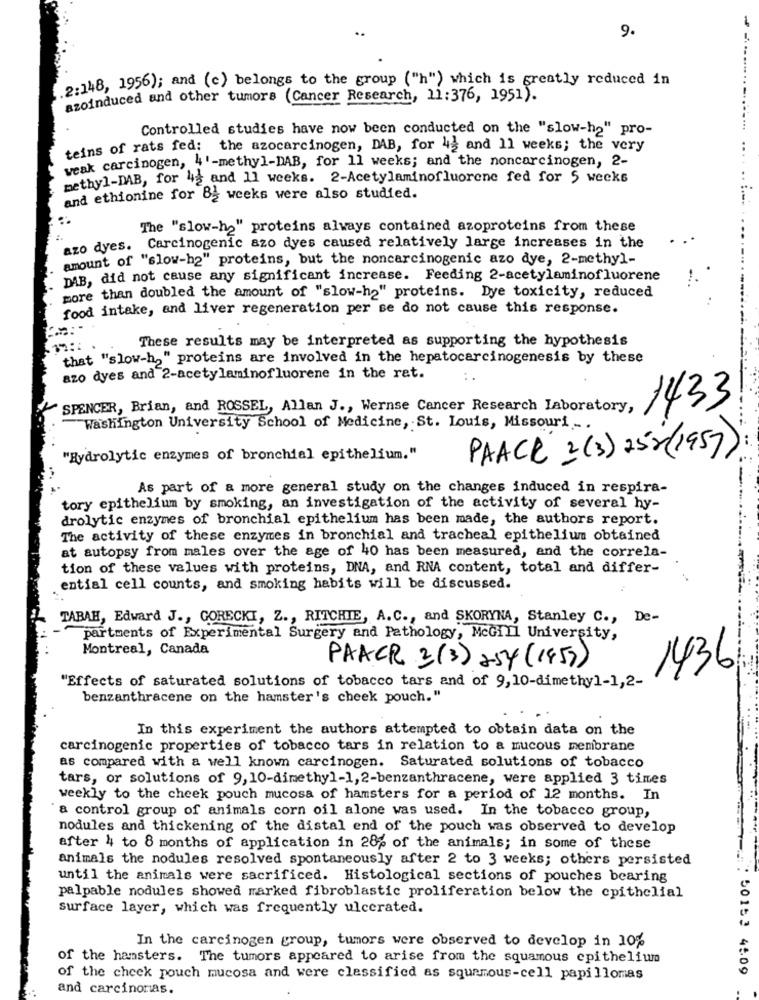
9.
2:148, 1956); and (c) belongs to the group ("h") which is greatly reduced in
azoinduced and other tumors (Cancer Research, 11:376, 1951).
Controlled studies have now been conducted on the "slow-h2" pro-
teins of rats fed: the azocarcinogen, DAB, for 42 and 11 weeks; the very
..
weak carcinogen, 4'-methyl-DAB, for 11 weeks; and the noncarcinogen, 2-
methyl-DAB, for 43 and 11 weeks. 2-Acetylaminofluorone fed for 5 weeks
and ethionine for 82 weeks were also studied.
The "slow-h2" proteins always contained azoproteins from these
azo dyes. Carcinogenic azo dyes caused relatively large increases in the
amount of "slow-h2" proteins, but the noncarcinogenic azo dye, 2-methyl-
DAB, did not cause any significant increase. Feeding 2-acetylaminofluorene
1.
more than doubled the amount of "slow-h2" proteins. Dye toxicity, reduced
food intake, and liver regeneration per se do not cause this response.
These results may be interpreted as supporting the hypothesis
that "slow-h2" proteins are involved in the hepatocarcinogenesis by these
azo dyes and 2-acetylaminofluorene in the rat.
SPENCER, Brian, and ROSSEL, Allan J ., Wernse Cancer Research Laboratory,
1433
Washington University School of Medicine, St. Louis, Missouri ...
PAACR 3 (3) 25x(1957 )
"Hydrolytic enzymes of bronchial epithelium."
As part of a more general study on the changes induced in respira-
tory epithelium by smoking, an investigation of the activity of several hy-
drolytic enzymes of bronchial epithelium has been made, the authors report.
The activity of these enzymes in bronchial and tracheal epithelium obtained
at autopsy from males over the age of 40 has been measured, and the correla-
tion of these values with proteins, DNA, and RNA content, total and differ-
ential cell counts, and smoking habits will be discussed.
TABAH, Edward J ., GORECKI, Z ., RITCHIE, A.C ., and SKORYNA, Stanley C ., De-
partments of Experimental Surgery and Pathology, McGill University,
Montreal, Canada
PAACR 3 (3) 254 (1453)
1436
"Effects of saturated solutions of tobacco tars and of 9,10-dimethyl-1,2-
benzanthracene on the hamster's cheek pouch."
In this experiment the authors attempted to obtain data on the
carcinogenic properties of tobacco tars in relation to a mucous membrane
as compared with a well known carcinogen. Saturated solutions of tobacco
tars, or solutions of 9, 10-dimethyl-1,2-benzanthracene, were applied 3 tines
weekly to the cheek pouch mucosa of hamsters for a period of 12 months. In
a control group of animals corn oil alone was used. In the tobacco group,
nodules and thickening of the distal end of the pouch was observed to develop
after 4 to 8 months of application in 28p of the animals; in some of these
animals the nodules resolved spontaneously after 2 to 3 weeks; others persisted
until the animals were sacrificed. Histological sections of pouches bearing
palpable nodules showed marked fibroblastic proliferation below the epithelial
surface layer, which was frequently ulcerated.
In the carcinogen group, tumors were observed to develop in 10%
of the hamsters. The tumors appeared to arise from the squamous epithelium
50153 4509
of the cheek pouch mucosa and were classified as squamous-cell papillomas
and carcinomas.